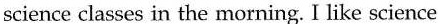
science classes in the morning. I like science